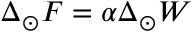
\Delta _ { \odot } F = \alpha \Delta _ { \odot } W